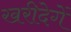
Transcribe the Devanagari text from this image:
खरीदेगें